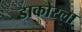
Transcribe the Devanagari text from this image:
डाकोरला